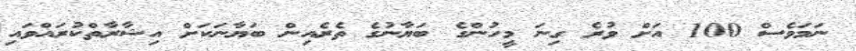
ނަމަވެސް 100 އަށް ވުރެ ގިނަ މީހުންގެ ބަޔާނުގެ ތެރެއިން ބަޔާނަކަށް އިޝާރާތްކުރައްވައި